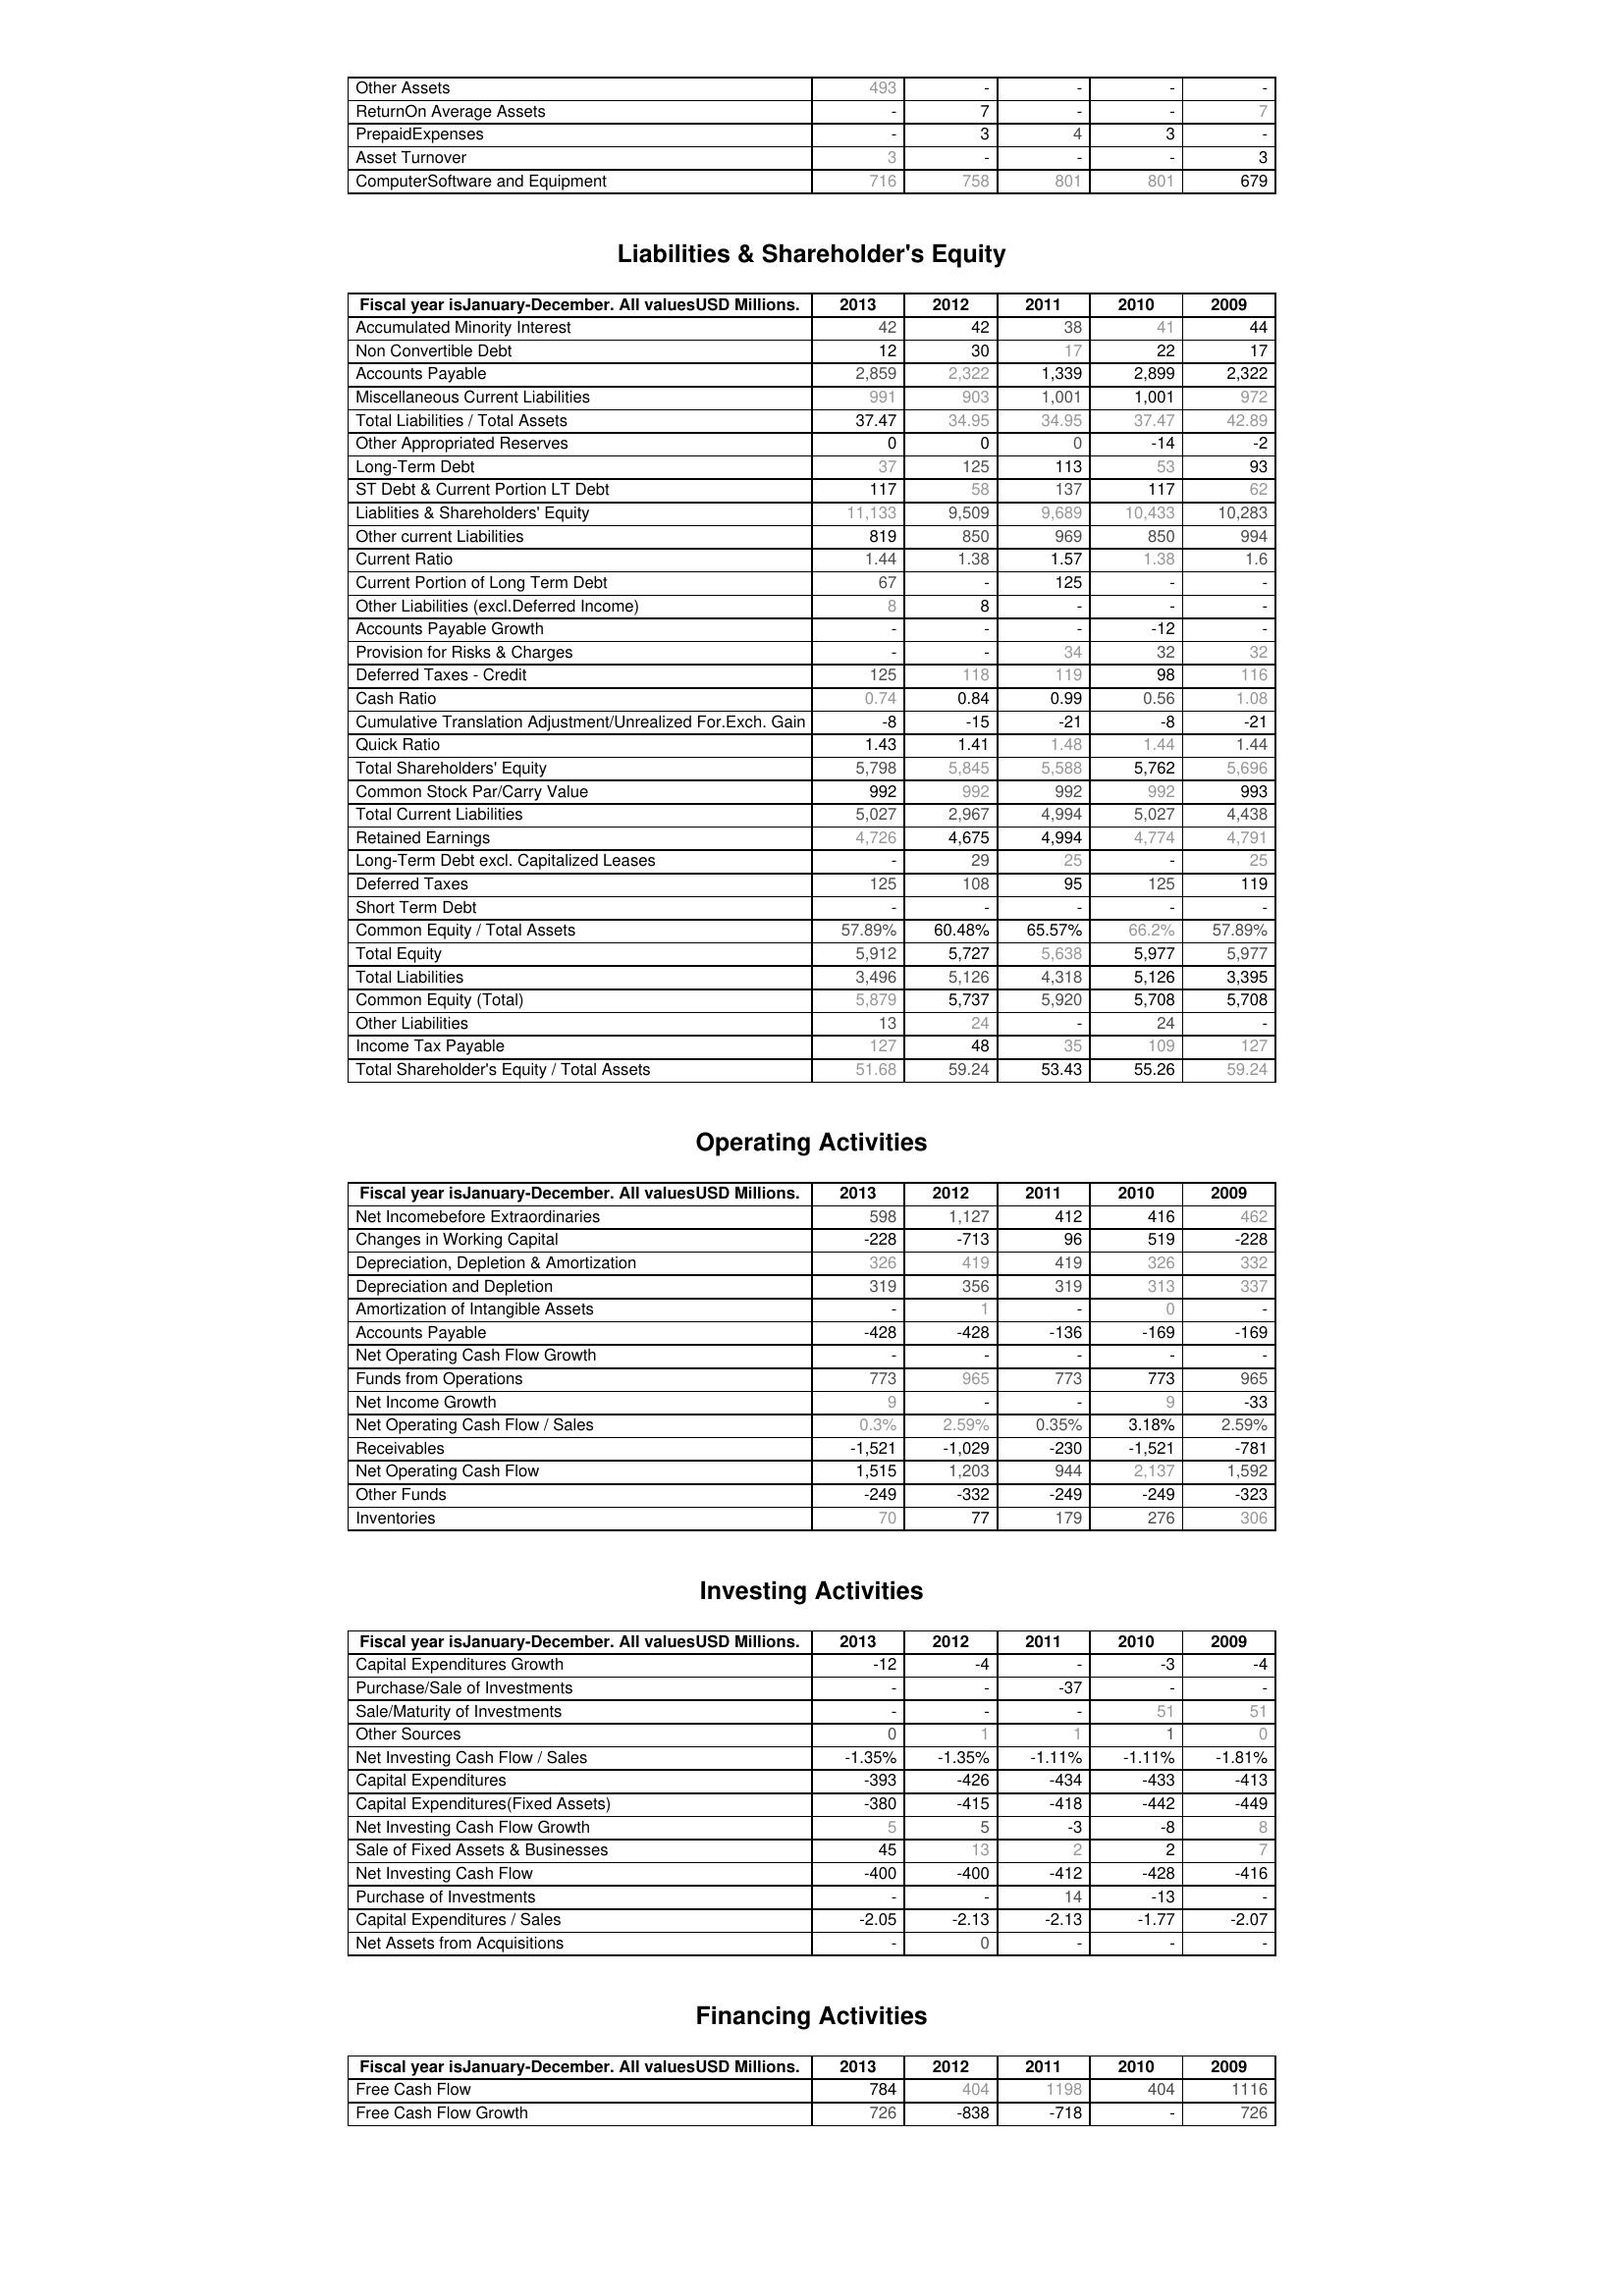
2013: Assets: Other Assets: 493
ReturnOn Average Assets: -
PrepaidExpenses: -
Asset Turnover: 3
ComputerSoftware and Equipment: 716
Liabilities & Shareholder's Equity: Accumulated Minority Interest: 42
Non Convertible Debt: 12
Accounts Payable: 2,859
Miscellaneous Current Liabilities: 991
Total Liabilities / Total Assets: 37.47
Other Appropriated Reserves: 0
Long-Term Debt: 37
ST Debt & Current Portion LT Debt: 117
Liablities & Shareholders' Equity: 11,133
Other current Liabilities: 819
Current Ratio: 1.44
Current Portion of Long Term Debt: 67
Other Liabilities (excl.Deferred Income): 8
Accounts Payable Growth: -
Provision for Risks & Charges: -
Deferred Taxes - Credit: 125
Cash Ratio: 0.74
Cumulative Translation Adjustment/Unrealized For.Exch. Gain: -8
Quick Ratio: 1.43
Total Shareholders' Equity: 5,798
Common Stock Par/Carry Value: 992
Total Current Liabilities: 5,027
Retained Earnings: 4,726
Long-Term Debt excl. Capitalized Leases: -
Deferred Taxes: 125
Short Term Debt: -
Common Equity / Total Assets: 57.89%
Total Equity: 5,912
Total Liabilities: 3,496
Common Equity (Total): 5,879
Other Liabilities: 13
Income Tax Payable: 127
Total Shareholder's Equity / Total Assets: 51.68
Operating Activities: Net Incomebefore Extraordinaries: 598
Changes in Working Capital: -228
Depreciation, Depletion & Amortization: 326
Depreciation and Depletion: 319
Amortization of Intangible Assets: -
Accounts Payable: -428
Net Operating Cash Flow Growth: -
Funds from Operations: 773
Net Income Growth: 9
Net Operating Cash Flow / Sales: 0.3%
Receivables: -1,521
Net Operating Cash Flow: 1,515
Other Funds: -249
Inventories: 70
Investing Activities: Capital Expenditures Growth: -12
Purchase/Sale of Investments: -
Sale/Maturity of Investments: -
Other Sources: 0
Net Investing Cash Flow / Sales: -1.35%
Capital Expenditures: -393
Capital Expenditures(Fixed Assets): -380
Net Investing Cash Flow Growth: 5
Sale of Fixed Assets & Businesses: 45
Net Investing Cash Flow: -400
Purchase of Investments: -
Capital Expenditures / Sales: -2.05
Net Assets from Acquisitions: -
Financing Activities: Free Cash Flow: 784
Free Cash Flow Growth: 726
2012: Assets: Other Assets: -
ReturnOn Average Assets: 7
PrepaidExpenses: 3
Asset Turnover: -
ComputerSoftware and Equipment: 758
Liabilities & Shareholder's Equity: Accumulated Minority Interest: 42
Non Convertible Debt: 30
Accounts Payable: 2,322
Miscellaneous Current Liabilities: 903
Total Liabilities / Total Assets: 34.95
Other Appropriated Reserves: 0
Long-Term Debt: 125
ST Debt & Current Portion LT Debt: 58
Liablities & Shareholders' Equity: 9,509
Other current Liabilities: 850
Current Ratio: 1.38
Current Portion of Long Term Debt: -
Other Liabilities (excl.Deferred Income): 8
Accounts Payable Growth: -
Provision for Risks & Charges: -
Deferred Taxes - Credit: 118
Cash Ratio: 0.84
Cumulative Translation Adjustment/Unrealized For.Exch. Gain: -15
Quick Ratio: 1.41
Total Shareholders' Equity: 5,845
Common Stock Par/Carry Value: 992
Total Current Liabilities: 2,967
Retained Earnings: 4,675
Long-Term Debt excl. Capitalized Leases: 29
Deferred Taxes: 108
Short Term Debt: -
Common Equity / Total Assets: 60.48%
Total Equity: 5,727
Total Liabilities: 5,126
Common Equity (Total): 5,737
Other Liabilities: 24
Income Tax Payable: 48
Total Shareholder's Equity / Total Assets: 59.24
Operating Activities: Net Incomebefore Extraordinaries: 1,127
Changes in Working Capital: -713
Depreciation, Depletion & Amortization: 419
Depreciation and Depletion: 356
Amortization of Intangible Assets: 1
Accounts Payable: -428
Net Operating Cash Flow Growth: -
Funds from Operations: 965
Net Income Growth: -
Net Operating Cash Flow / Sales: 2.59%
Receivables: -1,029
Net Operating Cash Flow: 1,203
Other Funds: -332
Inventories: 77
Investing Activities: Capital Expenditures Growth: -4
Purchase/Sale of Investments: -
Sale/Maturity of Investments: -
Other Sources: 1
Net Investing Cash Flow / Sales: -1.35%
Capital Expenditures: -426
Capital Expenditures(Fixed Assets): -415
Net Investing Cash Flow Growth: 5
Sale of Fixed Assets & Businesses: 13
Net Investing Cash Flow: -400
Purchase of Investments: -
Capital Expenditures / Sales: -2.13
Net Assets from Acquisitions: 0
Financing Activities: Free Cash Flow: 404
Free Cash Flow Growth: -838
2011: Assets: Other Assets: -
ReturnOn Average Assets: -
PrepaidExpenses: 4
Asset Turnover: -
ComputerSoftware and Equipment: 801
Liabilities & Shareholder's Equity: Accumulated Minority Interest: 38
Non Convertible Debt: 17
Accounts Payable: 1,339
Miscellaneous Current Liabilities: 1,001
Total Liabilities / Total Assets: 34.95
Other Appropriated Reserves: 0
Long-Term Debt: 113
ST Debt & Current Portion LT Debt: 137
Liablities & Shareholders' Equity: 9,689
Other current Liabilities: 969
Current Ratio: 1.57
Current Portion of Long Term Debt: 125
Other Liabilities (excl.Deferred Income): -
Accounts Payable Growth: -
Provision for Risks & Charges: 34
Deferred Taxes - Credit: 119
Cash Ratio: 0.99
Cumulative Translation Adjustment/Unrealized For.Exch. Gain: -21
Quick Ratio: 1.48
Total Shareholders' Equity: 5,588
Common Stock Par/Carry Value: 992
Total Current Liabilities: 4,994
Retained Earnings: 4,994
Long-Term Debt excl. Capitalized Leases: 25
Deferred Taxes: 95
Short Term Debt: -
Common Equity / Total Assets: 65.57%
Total Equity: 5,638
Total Liabilities: 4,318
Common Equity (Total): 5,920
Other Liabilities: -
Income Tax Payable: 35
Total Shareholder's Equity / Total Assets: 53.43
Operating Activities: Net Incomebefore Extraordinaries: 412
Changes in Working Capital: 96
Depreciation, Depletion & Amortization: 419
Depreciation and Depletion: 319
Amortization of Intangible Assets: -
Accounts Payable: -136
Net Operating Cash Flow Growth: -
Funds from Operations: 773
Net Income Growth: -
Net Operating Cash Flow / Sales: 0.35%
Receivables: -230
Net Operating Cash Flow: 944
Other Funds: -249
Inventories: 179
Investing Activities: Capital Expenditures Growth: -
Purchase/Sale of Investments: -37
Sale/Maturity of Investments: -
Other Sources: 1
Net Investing Cash Flow / Sales: -1.11%
Capital Expenditures: -434
Capital Expenditures(Fixed Assets): -418
Net Investing Cash Flow Growth: -3
Sale of Fixed Assets & Businesses: 2
Net Investing Cash Flow: -412
Purchase of Investments: 14
Capital Expenditures / Sales: -2.13
Net Assets from Acquisitions: -
Financing Activities: Free Cash Flow: 1198
Free Cash Flow Growth: -718
2010: Assets: Other Assets: -
ReturnOn Average Assets: -
PrepaidExpenses: 3
Asset Turnover: -
ComputerSoftware and Equipment: 801
Liabilities & Shareholder's Equity: Accumulated Minority Interest: 41
Non Convertible Debt: 22
Accounts Payable: 2,899
Miscellaneous Current Liabilities: 1,001
Total Liabilities / Total Assets: 37.47
Other Appropriated Reserves: -14
Long-Term Debt: 53
ST Debt & Current Portion LT Debt: 117
Liablities & Shareholders' Equity: 10,433
Other current Liabilities: 850
Current Ratio: 1.38
Current Portion of Long Term Debt: -
Other Liabilities (excl.Deferred Income): -
Accounts Payable Growth: -12
Provision for Risks & Charges: 32
Deferred Taxes - Credit: 98
Cash Ratio: 0.56
Cumulative Translation Adjustment/Unrealized For.Exch. Gain: -8
Quick Ratio: 1.44
Total Shareholders' Equity: 5,762
Common Stock Par/Carry Value: 992
Total Current Liabilities: 5,027
Retained Earnings: 4,774
Long-Term Debt excl. Capitalized Leases: -
Deferred Taxes: 125
Short Term Debt: -
Common Equity / Total Assets: 66.2%
Total Equity: 5,977
Total Liabilities: 5,126
Common Equity (Total): 5,708
Other Liabilities: 24
Income Tax Payable: 109
Total Shareholder's Equity / Total Assets: 55.26
Operating Activities: Net Incomebefore Extraordinaries: 416
Changes in Working Capital: 519
Depreciation, Depletion & Amortization: 326
Depreciation and Depletion: 313
Amortization of Intangible Assets: 0
Accounts Payable: -169
Net Operating Cash Flow Growth: -
Funds from Operations: 773
Net Income Growth: 9
Net Operating Cash Flow / Sales: 3.18%
Receivables: -1,521
Net Operating Cash Flow: 2,137
Other Funds: -249
Inventories: 276
Investing Activities: Capital Expenditures Growth: -3
Purchase/Sale of Investments: -
Sale/Maturity of Investments: 51
Other Sources: 1
Net Investing Cash Flow / Sales: -1.11%
Capital Expenditures: -433
Capital Expenditures(Fixed Assets): -442
Net Investing Cash Flow Growth: -8
Sale of Fixed Assets & Businesses: 2
Net Investing Cash Flow: -428
Purchase of Investments: -13
Capital Expenditures / Sales: -1.77
Net Assets from Acquisitions: -
Financing Activities: Free Cash Flow: 404
Free Cash Flow Growth: -
2009: Assets: Other Assets: -
ReturnOn Average Assets: 7
PrepaidExpenses: -
Asset Turnover: 3
ComputerSoftware and Equipment: 679
Liabilities & Shareholder's Equity: Accumulated Minority Interest: 44
Non Convertible Debt: 17
Accounts Payable: 2,322
Miscellaneous Current Liabilities: 972
Total Liabilities / Total Assets: 42.89
Other Appropriated Reserves: -2
Long-Term Debt: 93
ST Debt & Current Portion LT Debt: 62
Liablities & Shareholders' Equity: 10,283
Other current Liabilities: 994
Current Ratio: 1.6
Current Portion of Long Term Debt: -
Other Liabilities (excl.Deferred Income): -
Accounts Payable Growth: -
Provision for Risks & Charges: 32
Deferred Taxes - Credit: 116
Cash Ratio: 1.08
Cumulative Translation Adjustment/Unrealized For.Exch. Gain: -21
Quick Ratio: 1.44
Total Shareholders' Equity: 5,696
Common Stock Par/Carry Value: 993
Total Current Liabilities: 4,438
Retained Earnings: 4,791
Long-Term Debt excl. Capitalized Leases: 25
Deferred Taxes: 119
Short Term Debt: -
Common Equity / Total Assets: 57.89%
Total Equity: 5,977
Total Liabilities: 3,395
Common Equity (Total): 5,708
Other Liabilities: -
Income Tax Payable: 127
Total Shareholder's Equity / Total Assets: 59.24
Operating Activities: Net Incomebefore Extraordinaries: 462
Changes in Working Capital: -228
Depreciation, Depletion & Amortization: 332
Depreciation and Depletion: 337
Amortization of Intangible Assets: -
Accounts Payable: -169
Net Operating Cash Flow Growth: -
Funds from Operations: 965
Net Income Growth: -33
Net Operating Cash Flow / Sales: 2.59%
Receivables: -781
Net Operating Cash Flow: 1,592
Other Funds: -323
Inventories: 306
Investing Activities: Capital Expenditures Growth: -4
Purchase/Sale of Investments: -
Sale/Maturity of Investments: 51
Other Sources: 0
Net Investing Cash Flow / Sales: -1.81%
Capital Expenditures: -413
Capital Expenditures(Fixed Assets): -449
Net Investing Cash Flow Growth: 8
Sale of Fixed Assets & Businesses: 7
Net Investing Cash Flow: -416
Purchase of Investments: -
Capital Expenditures / Sales: -2.07
Net Assets from Acquisitions: -
Financing Activities: Free Cash Flow: 1116
Free Cash Flow Growth: 726